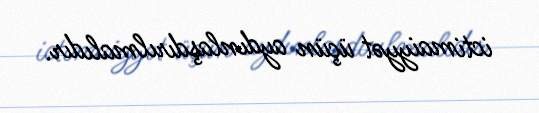
ictimaiyyət üçün aydınlaşdırılmalıdır.